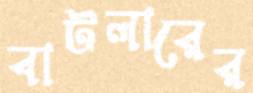
বাটলারের